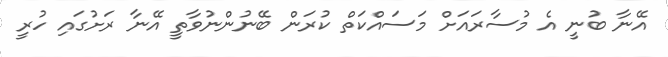
އޭނާ ބުނީ އެ މުސާރައަށް މަސައްކަތް ކުރަން ބޭނުންނުވާތީ އޭނާ ރަށުގައި ހުރީ